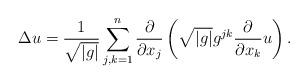
LaTeX: \begin{align*}\Delta u=\frac{1}{\sqrt{|g|}}\sum_{j,k=1}^n\frac{\partial}{\partial x_j}\left(\sqrt{|g|}g^{jk}\frac{\partial}{\partial x_k}u \right).\end{align*}